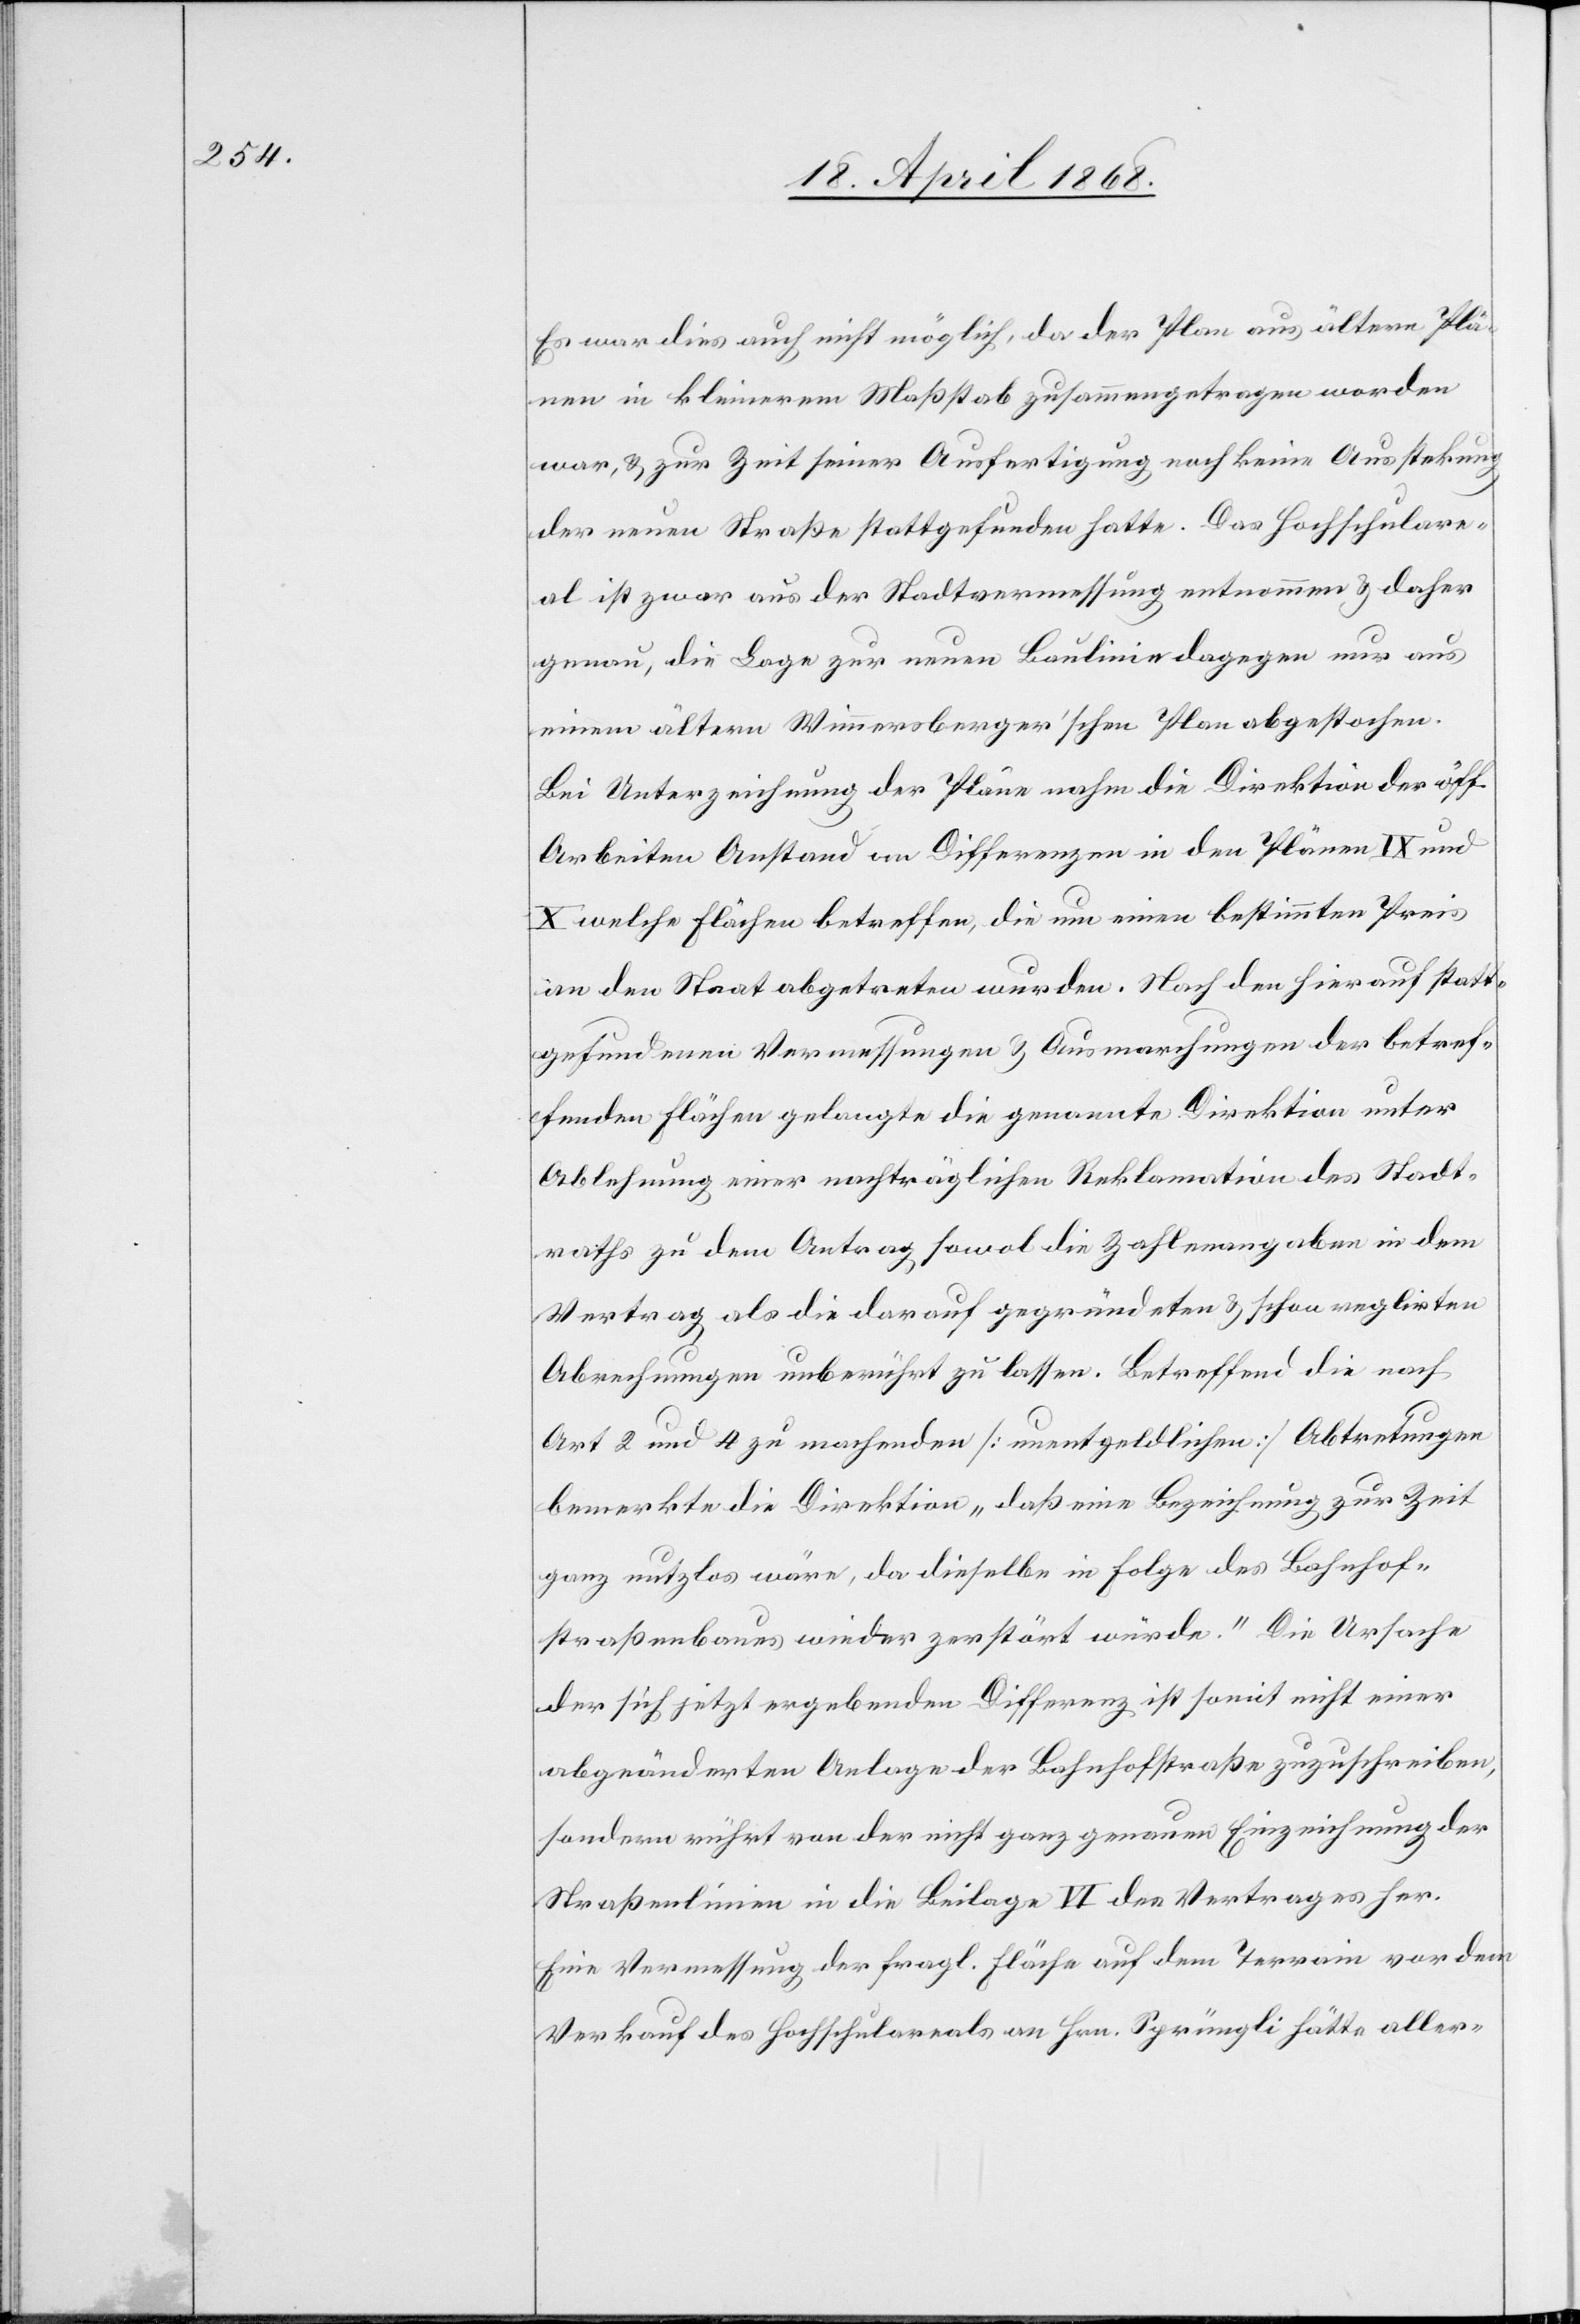
Es war dies auch nicht möglich, da der Plan aus ältern Plä¬
nen in kleinerem Maßstab zusammengetragen worden
war, & zur Zeit seiner Ausfertigung noch keine Ausstekung
der neuen Straße stattgefunden hatte. Das Hochschulare¬
al ist zwar aus der Stadtvermessung entnommen & daher
genau, die Lage zur neuen Baulinie dagegen nur aus
einem ältern Wimmersberger’schen Plan abgestochen.
Bei Unterzeichnung der Pläne nahm die Direktion der öff.
Arbeiten Anstand an Differenzen in den Plänen IX und
X welche Flächen betreffen, die um einen bestimmten Preis
an den Staat abgetreten wurden. Nach den hierauf statt¬
gefundenen Vermessungen & Ausmarchungen der betref¬
fenden Flächen gelangte die genannte Direktion unter
Ablehnung einer nachträglichen Reklamation des Stadt¬
raths zu dem Antrag sowol die Zahlenangaben in dem
Vertrag als die darauf gegründeten & schon reglirten
Abrechnungen unberührt zu lassen. Betreffend die nach
Art 2 und 4 zu machenden [unentgeldlichen] Abtretungen
bemerkte die Direktion „daß eine Bezeichnung zur Zeit
ganz nutzlos wäre, da dieselbe in Folge des Bahnhof¬
straßenbaues wieder zerstört würde.“ Die Ursache
der sich jetzt ergebenden Differenz ist somit nicht einer
abgeänderten Anlage der Bahnhofstraße zuzuschreiben,
sondern rührt von der nicht ganz genauen Einzeichnung der
Straßenlinien in die Beilage VI des Vertrages her.
Eine Vermessung der fragl. Fläche auf dem Terrain vor dem
Verkauf des Hochschulareals an Hrn. Sprüngli hätte aller-